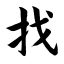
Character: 找